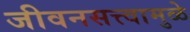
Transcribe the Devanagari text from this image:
जीवनसत्त्वामुळे